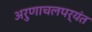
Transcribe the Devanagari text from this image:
अरुणाचलपर्यंत